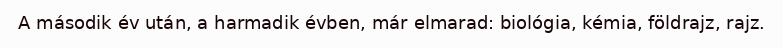
A második év után, a harmadik évben, már elmarad: biológia, kémia, földrajz, rajz.